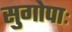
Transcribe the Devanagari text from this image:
सुगोपाः